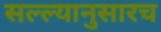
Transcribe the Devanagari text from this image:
सल्ल्यानुसारच